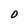
Character: O